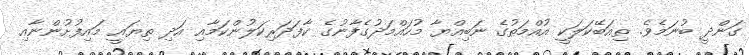
ގަންދީ ބުނަމެވެ. ތިއަބޭކަލަކީ އުއްމަތުގެ ނަބިއްޔާ މުހައްމަދުގެފާނުގެ ކާފަދަރިކަލުންކަމާއި އަދި ތިޔައީ މައިފުށުންނާއި